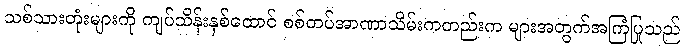
သစ်သားတုံးများကို ကျပ်သိန်းနှစ်ထောင် စစ်တပ်အာဏာသိမ်းကတည်းက များအတွက်အကြံပြုသည်